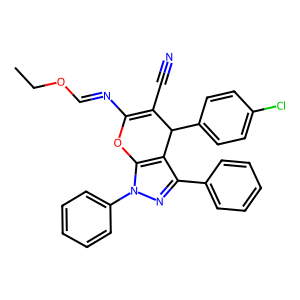
SMILES: CCOC=NC1=C(C#N)C(c2ccc(Cl)cc2)c2c(-c3ccccc3)nn(-c3ccccc3)c2O1
Inhibits HIV replication: No